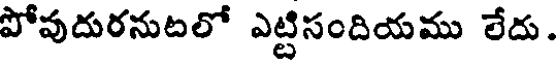
పోవుదురనుటలో ఎట్టిసందియము లేదు.